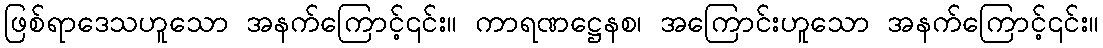
ဖြစ်ရာဒေသဟူသော အနက်ကြောင့်၎င်း။ ကာရဏဋ္ဌေနစ၊ အကြောင်းဟူသော အနက်ကြောင့်၎င်း။